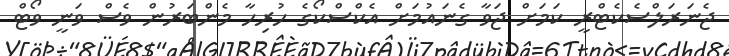
ޖެނަރަލްސެކެޓްރީ ކަމަށް ޖަވާ ގެނައުމަށް އެކްސްކޯގެ ހުރިހާ މެންބަރުން ވެސް ވަނީ ވޯޓް